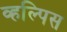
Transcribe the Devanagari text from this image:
व्हल्पिस